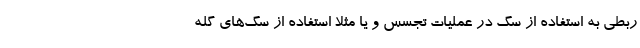
ربطی به استفاده از سگ در عملیات تجسس و یا مثلا استفاده از سگ‌های گله